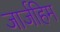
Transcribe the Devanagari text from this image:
जार्जहिम